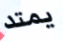
يمتد